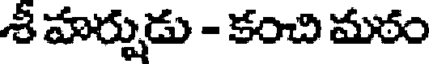
శీ హర్పుడు - కంచి మఠం